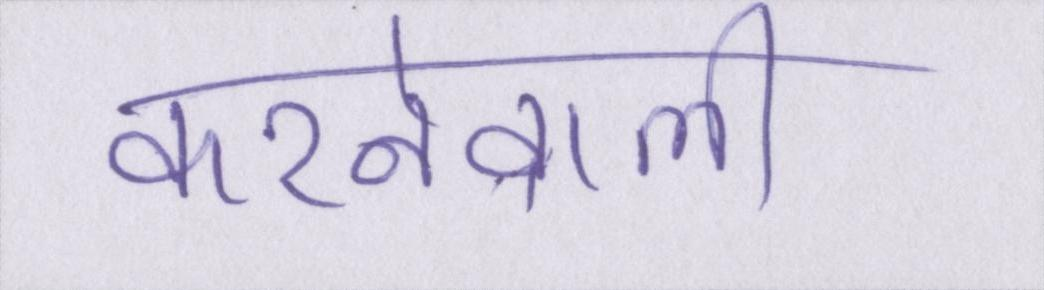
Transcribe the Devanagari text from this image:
करनेवाली